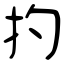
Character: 扚